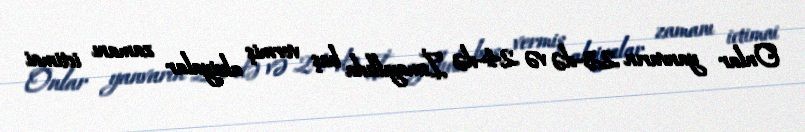
Onlar yanvarın 23-də və 24-də İsmayıllıda baş vermiş aksiyalar zamanı ictimai